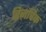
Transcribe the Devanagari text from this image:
रिज़विक